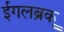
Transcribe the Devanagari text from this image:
ईगलब्रूक